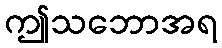
ဤသဘောအရ